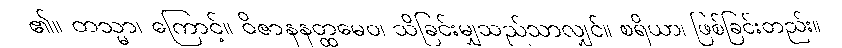
၏။ တသ္မာ၊ ကြောင့်။ ဝိဇာနနတ္ထမေဝ၊ သိခြင်းမျှသည်သာလျှင်။ စရိယာ၊ ဖြစ်ခြင်းတည်း။